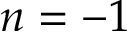
n = - 1